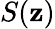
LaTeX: S(\mathbf{z})